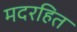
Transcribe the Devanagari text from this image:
मदरहित